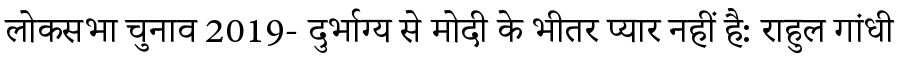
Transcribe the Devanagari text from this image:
लोकसभा चुनाव 2019- दुर्भाग्य से मोदी के भीतर प्यार नहीं है: राहुल गांधी